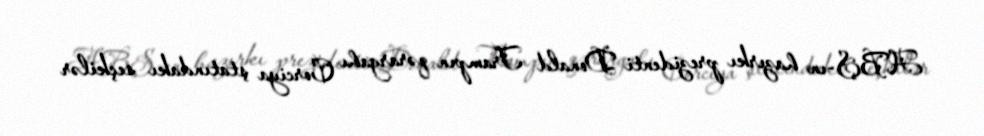
ABŞ-ın hazırkı prezidenti Donald Trampın qərargahı Corciya ştatındakı seçkilər